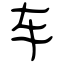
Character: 车